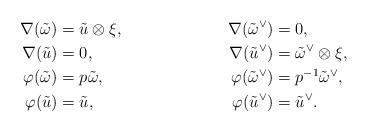
LaTeX: \begin{align*} \nabla(\tilde\omega) &= \tilde u \otimes \xi, & \nabla(\tilde \omega^\vee) &= 0, \\ \nabla(\tilde u) &= 0, & \nabla(\tilde u^\vee) &= \tilde \omega^\vee \otimes \xi,\\ \varphi(\tilde \omega) &= p \tilde\omega, & \varphi(\tilde \omega^\vee) &= p^{-1} \tilde\omega^\vee,\\ \varphi(\tilde u) &= \tilde u,& \varphi(\tilde u^\vee) &= \tilde u^\vee. \end{align*}